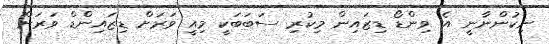
ނިކުންނާނީ އެ ވިންޑޯ ޑިޒައިން މިކުރި ސަބަބަކީ މިއީ ވަރަށް ޑިޒައިންޑް ވަރަށް